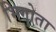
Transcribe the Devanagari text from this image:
भिगोता